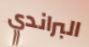
البراندي